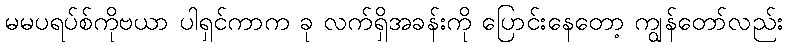
မမပရပ်စ်ကိုဗယာ ပါရှင်ကာက ခု လက်ရှိအခန်းကို ပြောင်းနေတော့ ကျွန်တော်လည်း